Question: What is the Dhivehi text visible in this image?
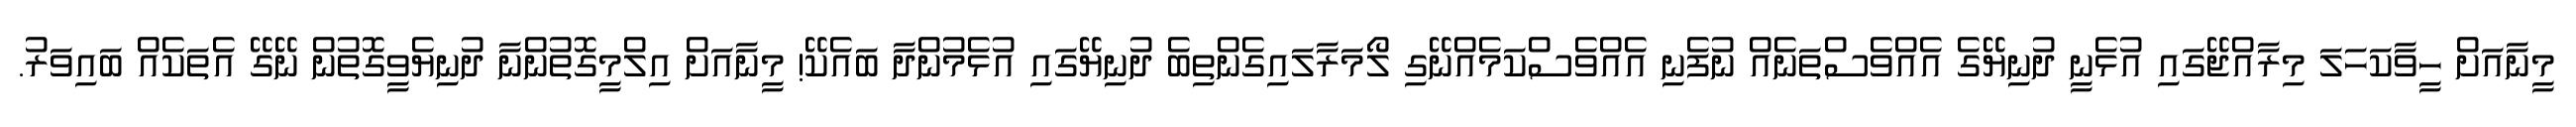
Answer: މީނާއަށް ހީވާކަހަލަ މިރާއްޖޭގައި އުޅެނީ ދުނިޔޭގެ އެއްވެސްތަނެއް ނުފެނި އެއްވެސްކަމެއްނޭގި ލޯމަރާލައިގެންތިބެ ދުނިޔޭގައި އުޅެމުންދާ ބައެކޭ! މީނާއަށް އިލްމީގޮތުންނާ ދުނިޔެވީގޮތުން ނޭގޭ އެތަކެއް ބައިވަރު.